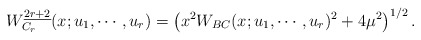
\begin{align*}W_{C_{r}}^{\underline{2r+2}}(x;u_{1}, \cdots, u_{r}) =\left(x^{2}W_{BC}(x;u_{1}, \cdots, u_{r})^{2}+4\mu^{2}\right)^{1/2}.\end{align*}